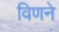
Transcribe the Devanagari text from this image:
विणने